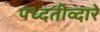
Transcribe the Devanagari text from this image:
पध्दतीव्दारे